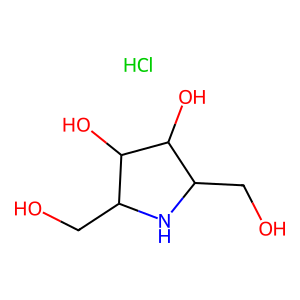
SMILES: Cl.OCC1NC(CO)C(O)C1O
Inhibits HIV replication: No